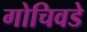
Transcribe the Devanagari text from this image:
गोचिवडे